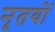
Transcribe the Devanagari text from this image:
नृतयों